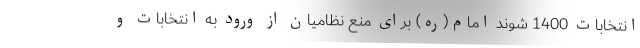
انتخابات 1400 شوند امام(ره) برای منع نظامیان از ورود به انتخابات و